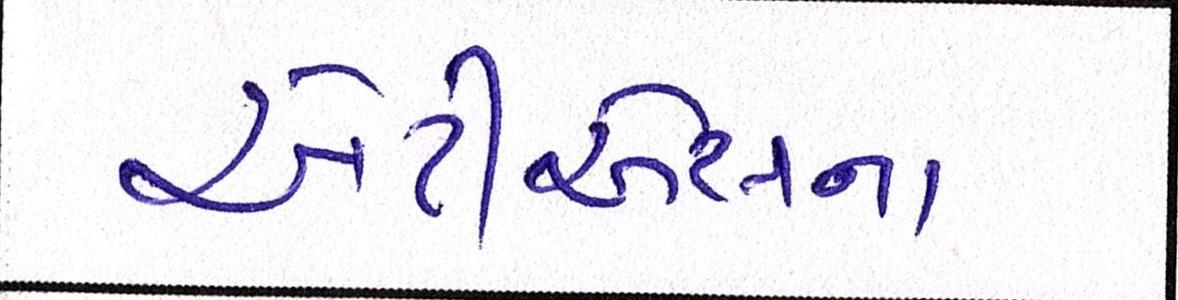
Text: એટીએસના